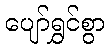
ပျော်ရွှင်စွာ